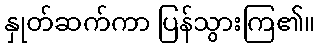
နှုတ်ဆက်ကာ ပြန်သွားကြ၏။